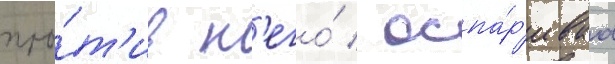
про́т'ив н'его́ / оспа́р'иваа